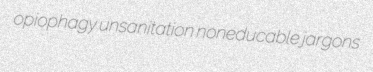
opiophagy unsanitation noneducable jargons